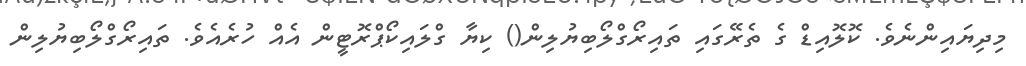
މިދިޔައިންނެވެ. ކޮލޮއިޑް ގެ ތެރޭގައި ތައިރޯގްލޯބިޔުލިން() ކިޔާ ގްލައިކޯޕްރޮޓީން އެއް ހުރެއެވެ. ތައިރޯގްލޯބިޔުލިން